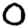
Digit: 0